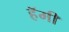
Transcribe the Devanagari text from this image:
हॅमी